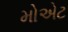
મોએટ